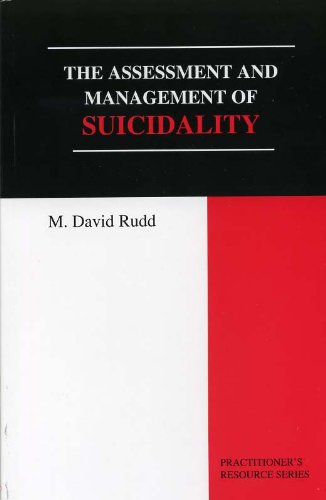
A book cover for The Assessment And Management of Suicidality (Practitioner's Resource); M. David Rudd; Self-Help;